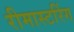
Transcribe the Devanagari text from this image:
रीमास्टरिंग